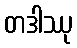
တဒါဿု